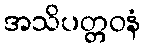
အသိပတ္တဝနံ